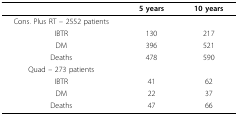
<table><thead><tr><td></td><td><b>5 years</b></td><td><b>10 years</b></td></tr></thead><tbody><tr><td>Cons. Plus RT - 2552 patients</td><td></td><td></td></tr><tr><td>IBTR</td><td>130</td><td>217</td></tr><tr><td>DM</td><td>396</td><td>521</td></tr><tr><td>Deaths</td><td>478</td><td>590</td></tr><tr><td>Quad - 273 patients</td><td></td><td></td></tr><tr><td>IBTR</td><td>41</td><td>62</td></tr><tr><td>DM</td><td>22</td><td>37</td></tr><tr><td>Deaths</td><td>47</td><td>66</td></tr></tbody></table>